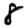
Digit: 8